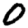
Digit: 0